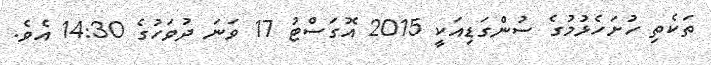
ތަކެތި ހުށަހެޅުމުގެ ސުންގަޑިއަކީ 2015 އޮގަސްޓު 17 ވަނަ ދުވަހުގެ 14:30 އެވެ.